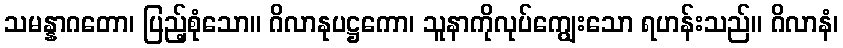
သမန္နာဂတော၊ ပြည့်စုံသော။ ဂိလာနုပဋ္ဌကော၊ သူနာကိုလုပ်ကျွေးသော ရဟန်းသည်။ ဂိလာနံ၊